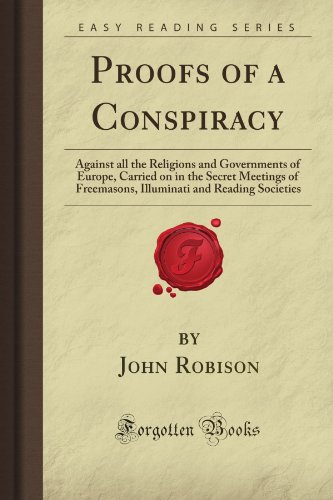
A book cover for Proofs of a Conspiracy: Against all the Religions and Governments of Europe, Carried on in the Secret Meetings of Freemasons, Illuminati and Reading Societies (Forgotten Books); John Arthur Robison; Religion & Spirituality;